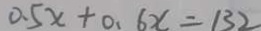
0 . 5 x + 0 . 6 x = 1 3 2